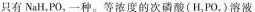
只有NaH_{2}PO_{2}一种。等浓度的次磷酸（H_{3}PO_{2}）溶液